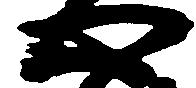
心